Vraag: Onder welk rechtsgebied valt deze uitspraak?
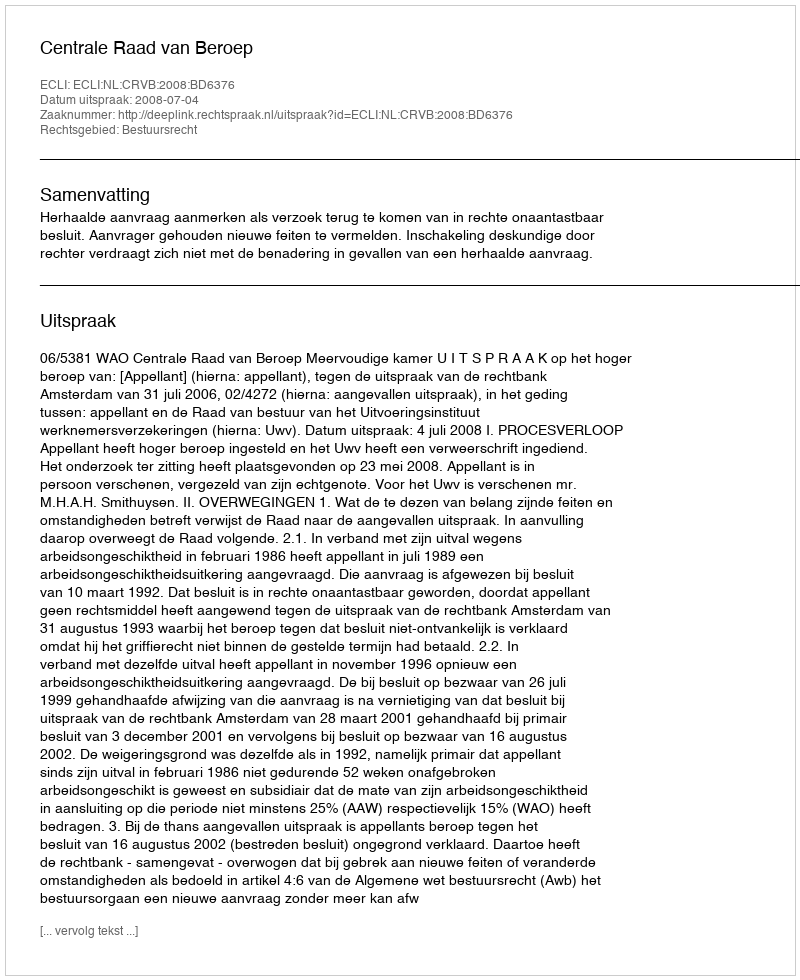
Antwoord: Bestuursrecht